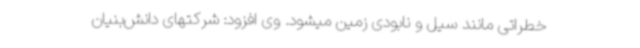
خطراتی مانند سیل و نابودی زمین میشود. وی افزود: شرکتهای دانش‌بنیان